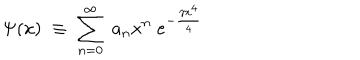
LaTeX: \Psi ( x ) \; \equiv \; \sum _ { n = 0 } ^ { \infty } \; a _ { n } x ^ { n } \; e ^ { - \frac { \gamma x ^ { 4 } } 4 }